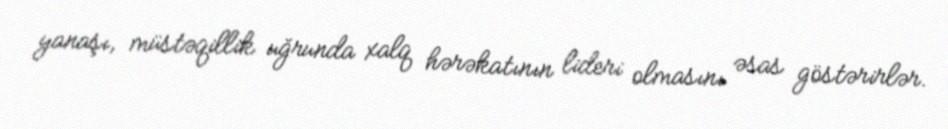
yanaşı, müstəqillik uğrunda xalq hərəkatının lideri olmasını əsas göstərirlər.